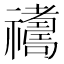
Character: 𥜣